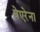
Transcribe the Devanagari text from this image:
बेएरेना